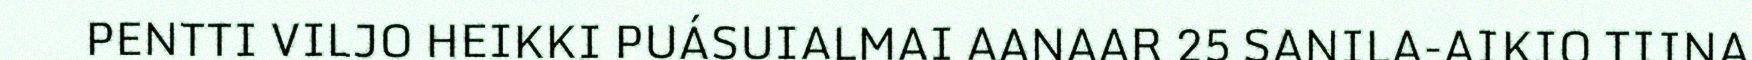
PENTTI VILJO HEIKKI PUÁSUIALMAI AANAAR 25 SANILA-AIKIO TIINA